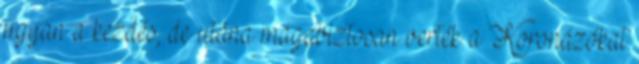
ugyan a kezdés, de utána magabiztosan verték a Koronázókat